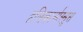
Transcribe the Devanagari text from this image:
हलिकार्नास्सुस